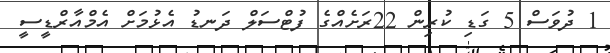
1 ދުވަސް 5 ގަޑި ކުރިން 22ރަށެއްގެ ފުޓްސަލް ދަނޑު އެޅުމަށް އެމްއާރްޑީސީ